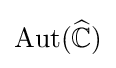
\operatorname {Aut} ({\widehat {\mathbb {C} }})